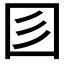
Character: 𡆱